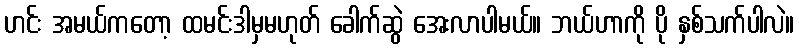
ဟင်း အမယ်ကတော့ ထမင်းဒါမှမဟုတ် ခေါက်ဆွဲ အေးလာပါမယ်။ ဘယ်ဟာကို ပို နှစ်သက်ပါလဲ။